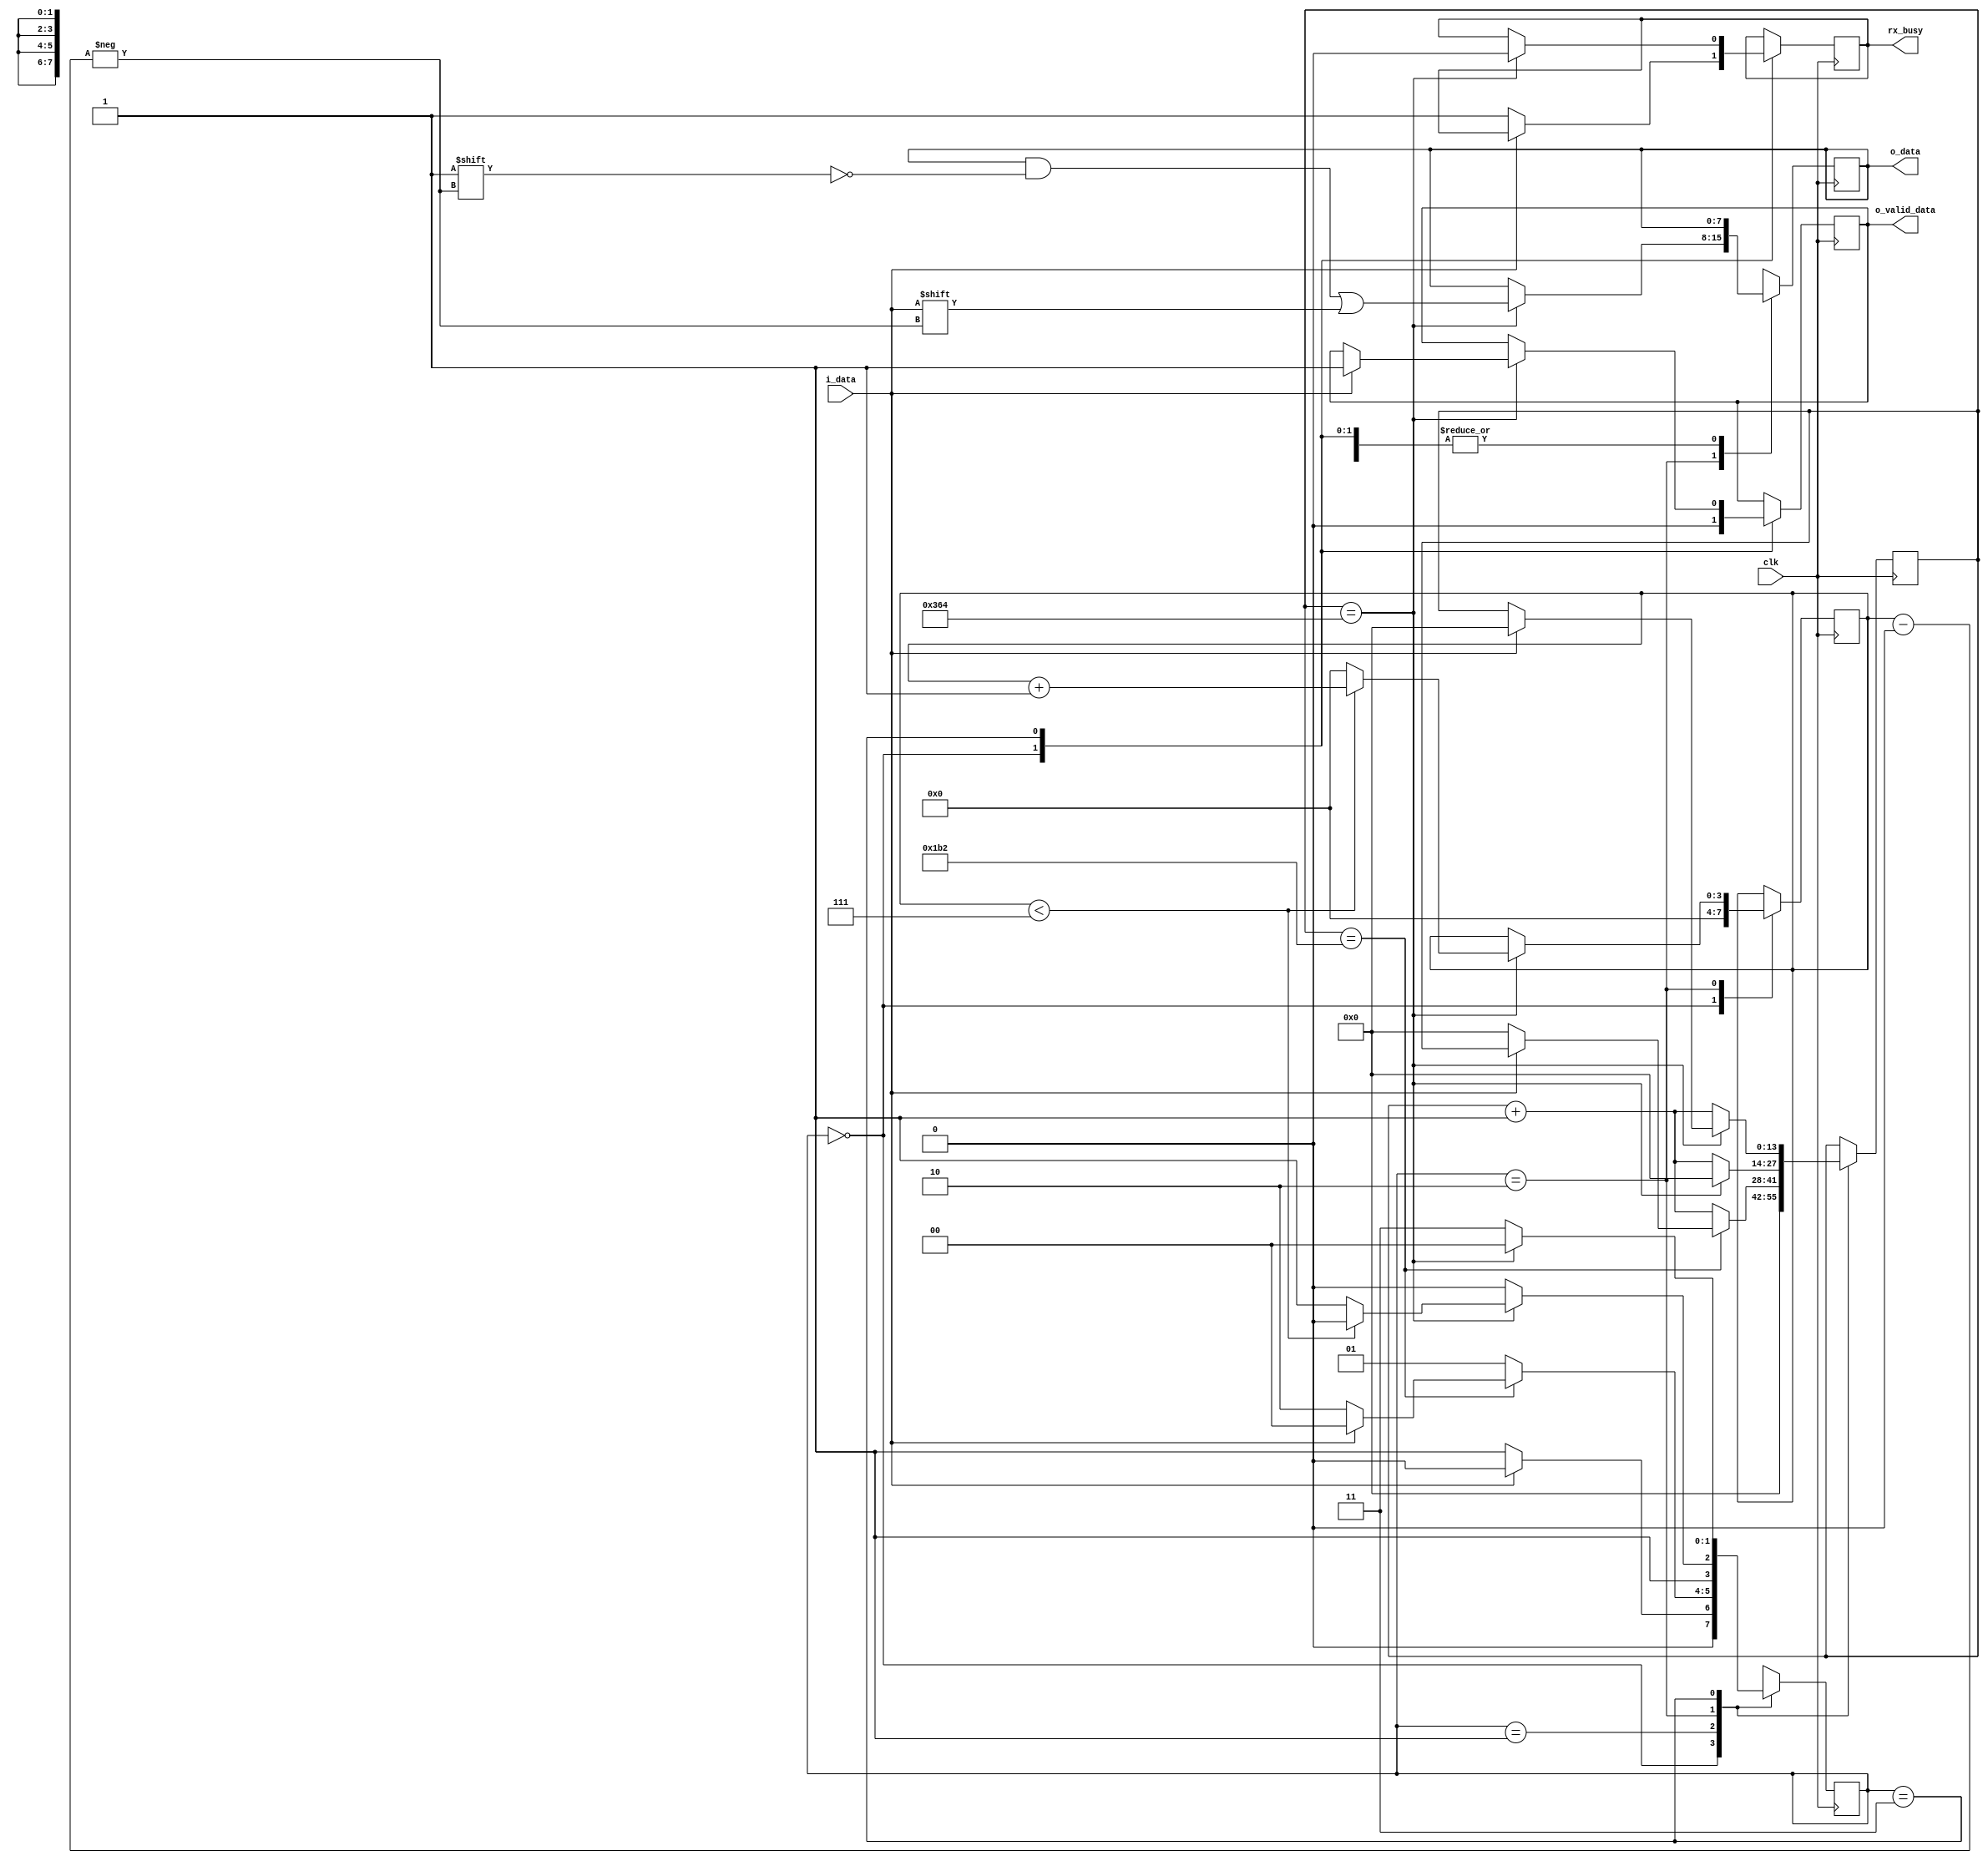
`timescale 1ns / 1ps
//////////////////////////////////////////////////////////////////////////////////
// Design Name: UART RECEIVER
// Module Name: uart_rx
// Project Name: 
//////////////////////////////////////////////////////////////////////////////////
//The system clock frequcny is = 100MHz;
//The Baud rate is = 115200 bps;
//wkt: clk frequency/divisor = baud rate 
//--> Accordingly                    100 * 10^6 / 115200 = 868.05 
//--> Round it off to                                    = 868 = CLKS_PER_BIT
//So the receiver takes 868 clock cycles to sample a single bit of the data, we will sample it
//at the middle of the bit width to get the intended data for sampling. And so the start bit 
//is run for CLKS_PER_BIT/2 no. of times.  

module uart_rx #(parameter CLKS_PER_BIT = 868)(
  input          clk,       
  input          i_data,          // The input for the rx is 1 bit
  output [7:0]   o_data,          // The output from the rx is a byte
  output         o_valid_data,    // The valid is asserted when the rx recieves all the 8 bits
  output         rx_busy          // It is busy until it hasn't receieved all the 8 bits
);
  reg [3:0]    r_index=0;         // Keeps track of bit count (0 to 7) to recieve 8 bits  
  reg [13:0]   r_counter=0;       // Keeps track of no. of counts rx has to wait to sample each bit
  reg [7:0]    r_o_data=0;        
  reg          r_valid_data=0;
  reg [1:0]    p_state=0;
  reg          r_rx_busy = 0;
  
  parameter    IDLE = 2'd0;
  parameter    START_BIT = 2'd1;
  parameter    DATA_BITS = 2'd2;
  parameter    STOP_BIT = 2'd3;
  
assign o_data = r_o_data;
assign o_valid_data = r_valid_data;
assign rx_busy = r_rx_busy;
always @(posedge clk) begin
  case (p_state)
    IDLE: begin
      r_valid_data <= 1'b0;
      r_counter <= 0;
      r_index <= 0;
    if (i_data == 1'b0) begin
        p_state <= START_BIT;
        r_rx_busy <= 1'b1;       
    end else begin
        p_state <= IDLE; 
    end
   end 
    START_BIT: begin
      if (r_counter == (CLKS_PER_BIT / 2)) begin
        if (i_data == 1'b0) begin
          r_counter <= 0;
          p_state <= DATA_BITS;
        end else begin 
          p_state <= IDLE;
        end
      end else begin
        r_counter <= r_counter + 1;
        p_state <= START_BIT;
      end     
    end
    DATA_BITS: begin
      if (r_counter == CLKS_PER_BIT) begin 
        r_counter <= 0;
        r_o_data[r_index] <= i_data;
        if (r_index < 7) begin
          r_index <= r_index + 1;
          p_state <= DATA_BITS;
        end else begin
          r_index <= 0;
          p_state <= STOP_BIT;
        end
      end else begin
        r_counter <= r_counter + 1;
        p_state <= DATA_BITS;    
      end
    end 
    STOP_BIT: begin
      if (r_counter == CLKS_PER_BIT) begin
        if (i_data == 1'b1) begin
          r_valid_data <= 1;
          r_counter <= 0;
        end
        r_rx_busy <= 1'b0;
        p_state <= IDLE;
      end else begin
        r_counter <= r_counter + 1;
        p_state <= STOP_BIT;
      end 
    end
  endcase   
end   
endmodule